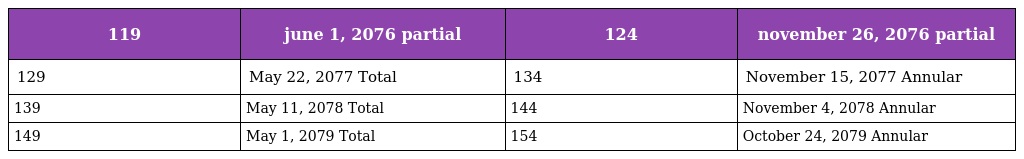
| 119 | june 1, 2076 partial | 124 | november 26, 2076 partial |
 | --- | --- | --- | --- |
 | 129 | May 22, 2077 Total | 134 | November 15, 2077 Annular |
 | 139 | May 11, 2078 Total | 144 | November 4, 2078 Annular |
 | 149 | May 1, 2079 Total | 154 | October 24, 2079 Annular |